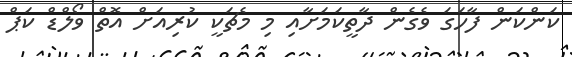
ކަންކަން ފާހަގަ ވެގެން ދާތީކަމަށާއި މި މެޗަކީ ކުރިއަށް އޮތް ވޯލްޑް ކަޕް